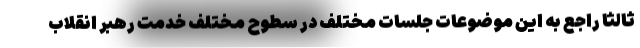
ثالثاً راجع به این موضوعات جلسات مختلف در سطوح مختلف خدمت رهبر انقلاب